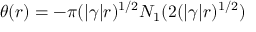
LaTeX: \theta ( r ) = - \pi ( | \gamma | r ) ^ { 1 / 2 } N _ { 1 } ( 2 ( | \gamma | r ) ^ { 1 / 2 } )